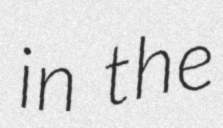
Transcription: in the